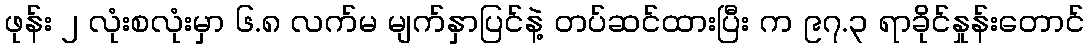
ဖုန်း ၂ လုံးစလုံးမှာ ၆.၈ လက်မ မျက်နှာပြင်နဲ့ တပ်ဆင်ထားပြီး က ၉၇.၃ ရာခိုင်နှုန်းတောင်